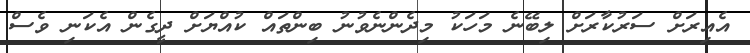
އެއިރަށް ސަރުކާރަށް ލިބޭނެ މަހަކު މިދެންނެވުނު ބިންތައް ކުއްޔަށް ދީގެން އެކަނި ވެސް